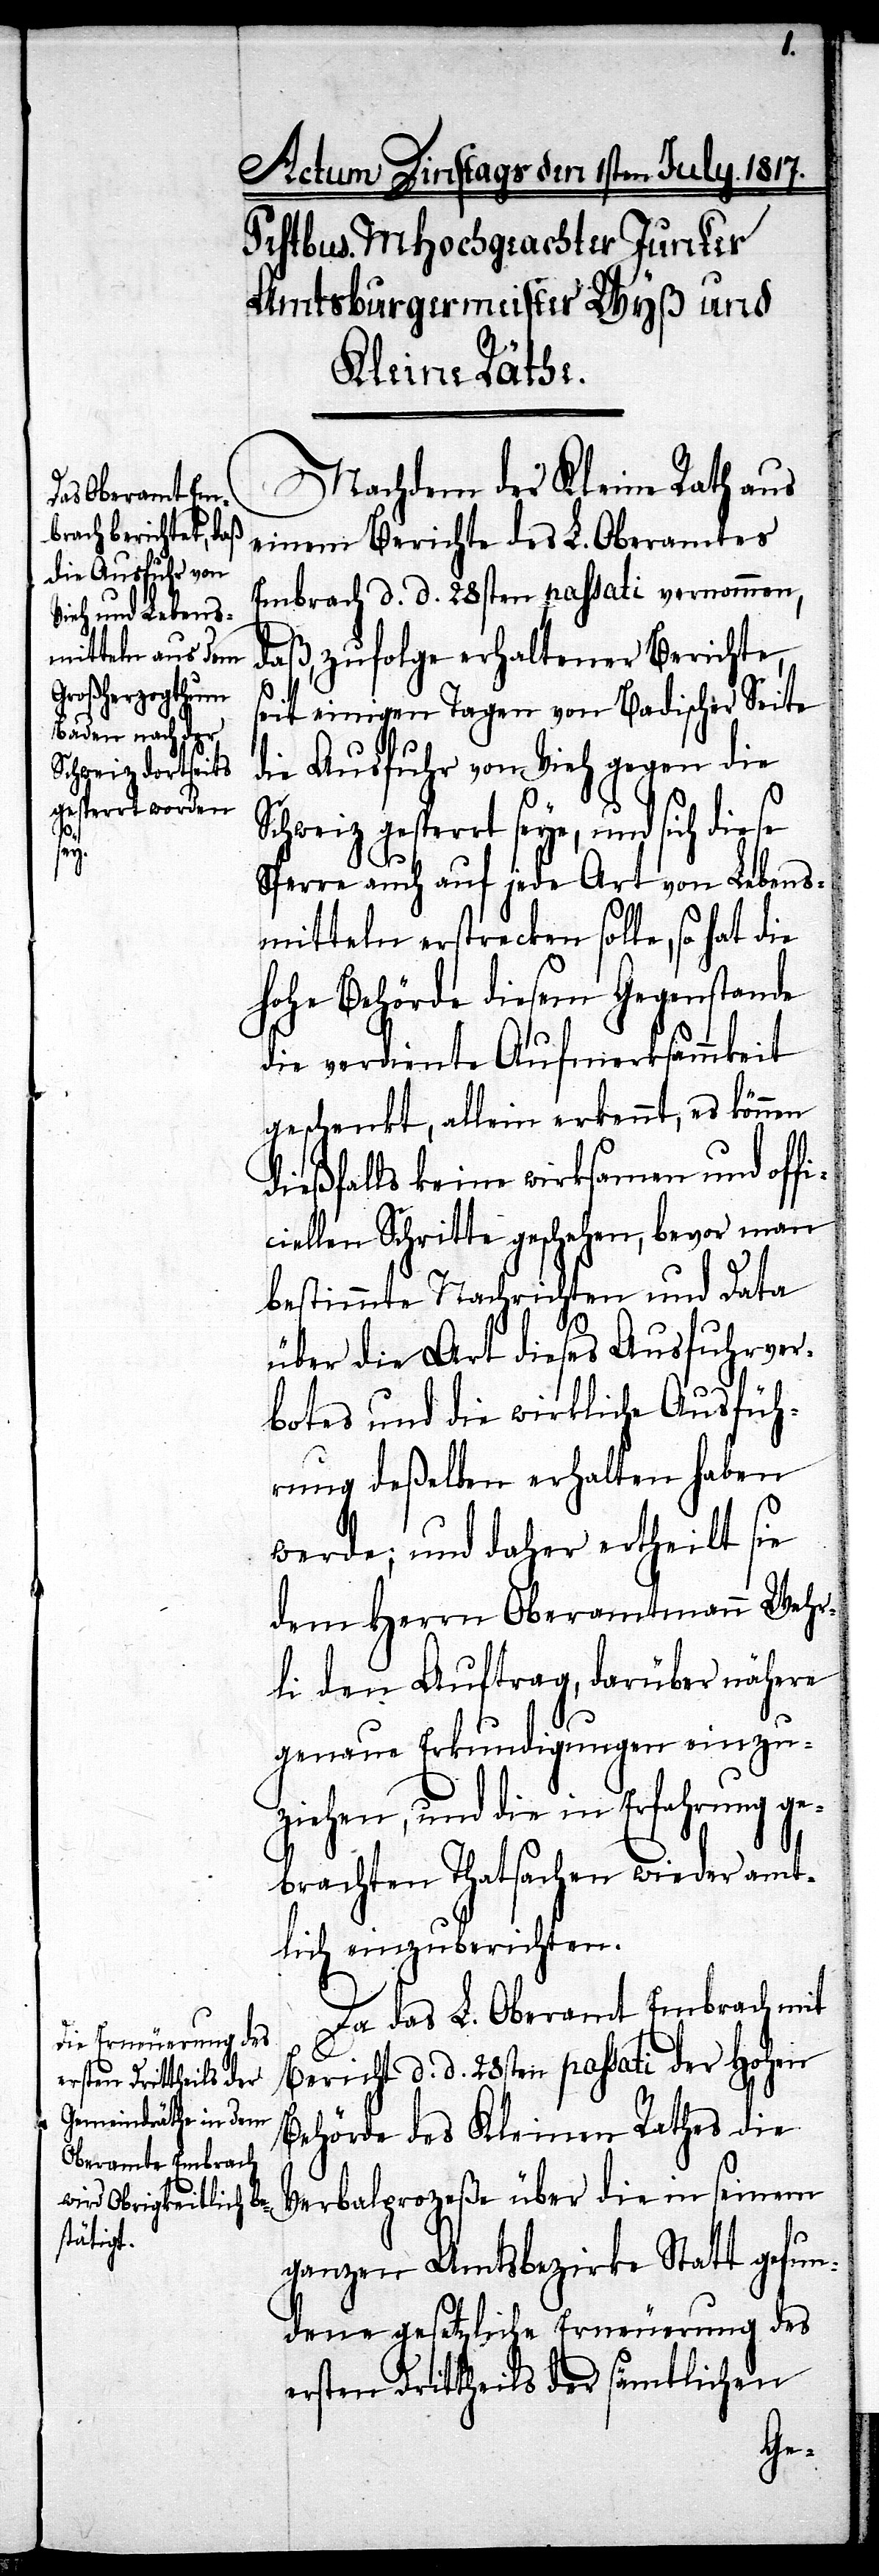
Nachdem der Kleine Rath aus
seinem Berichte des L. Oberamtes
Embrach d. d. 28ten passati vernommen,
daß zufolge erhaltener Berichte,
seit einigen Tagen von Badischer Seite
die Ausfuhr von Vieh gegen die
Schweiz gesperrt seye, und sich diese
Sperre auch auf jede Art von Lebens¬
mitteln erstrecken solle, so hat die
hohe Behörde diesem Gegenstande
die verdiente Aufmerksamkeit
geschenkt, allein erkennt, es können
dießfalls keine wirksamen und of¬
ciellen Schritte geschehen, bevor man
bestimmte Nachrichten und Data
Art und die wirkliche Ausfüh¬
rung deßelben erhalten haben
werde; und daher ertheilt sie
dem Herrn Oberamtmann Wehr¬
li den Auftrag, darüber nähere
genaue Erkundigungen einzu¬
ziehen, und die in Erfahrung ge¬
brachten Thatsachen wieder amt¬
lich einzuberichten.
Da das L. Oberamt Embrach mit
Bericht d. d. 28ten passati der hohen
Behörde des Kleinen Rathes die
Verbalprozeße über die in seinem
ganzen Amtsbezirke Statt gefun¬
dene gesetzliche Erneuerung des
ersten Drittheils der sämtlichen
fi¬